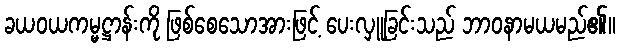
ခယဝယကမ္မဋ္ဌာန်းကို ဖြစ်စေသောအားဖြင့် ပေးလှူခြင်းသည် ဘာဝနာမယမည်၏။